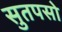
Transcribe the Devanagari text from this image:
सुतपसो